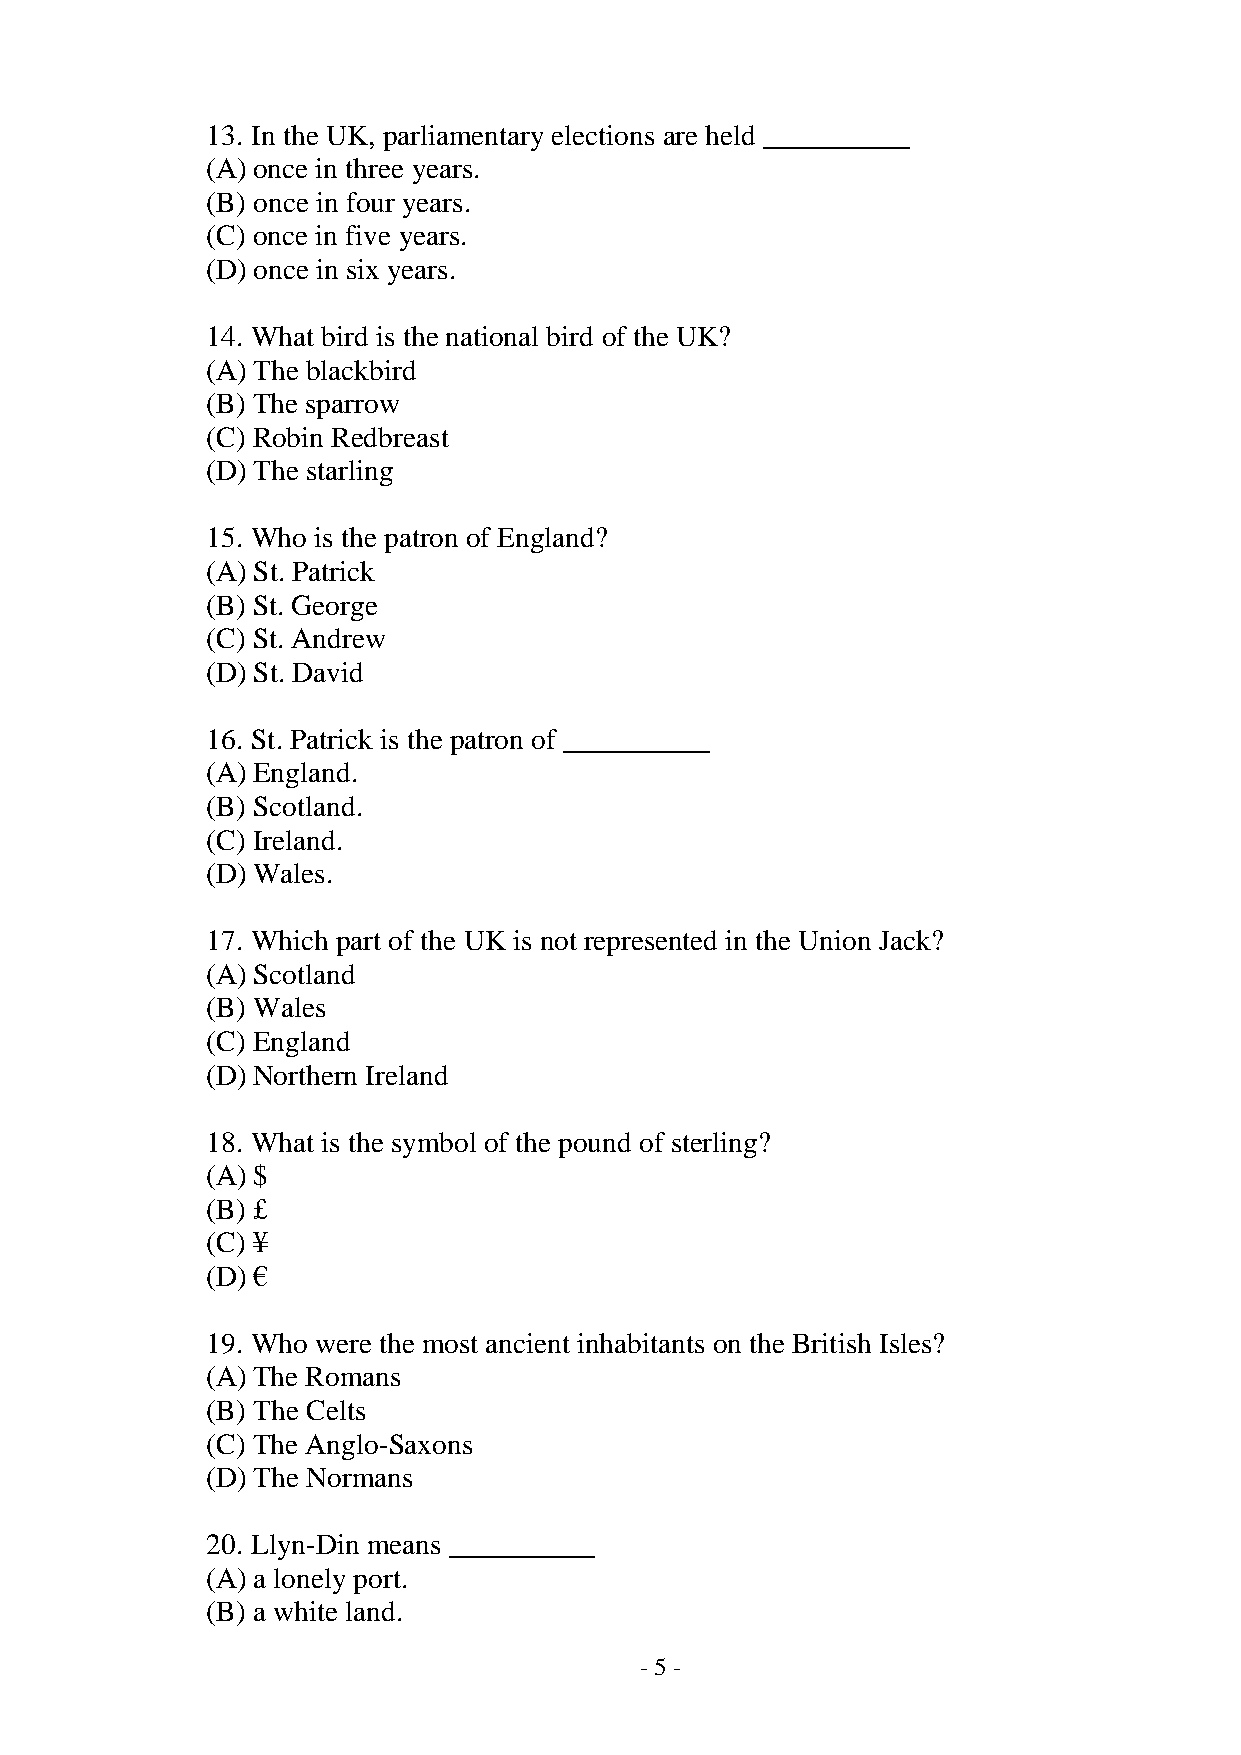
13. In the UK, parliamentary elections are held __________
 (A) once in three years.
 (B) once in four years.
 (C) once in five years.
 (D) once in six years.
 14. What bird is the national bird of the UK?
 (A) The blackbird
 (B) The sparrow
 (C) Robin Redbreast
 (D) The starling
 15. Who is the patron of England?
 (A) St. Patrick
 (B) St. George
 (C) St. Andrew
 (D) St. David
 16. St. Patrick is the patron of __________
 (A) England.
 (B) Scotland.
 (C) Ireland.
 (D) Wales.
 17. Which part of the UK is not represented in the Union Jack?
 (A) Scotland
 (B) Wales
 (C) England
 (D) Northern Ireland
 18. What is the symbol of the pound of sterling?
 (A) $
 (B) £
 (C) ¥
 (D) €
 19. Who were the most ancient inhabitants on the British Isles?
 (A) The Romans
 (B) The Celts
 (C) The Anglo-Saxons
 (D) The Normans
 20. Llyn-Din means __________
 (A) a lonely port.
 (B) a white land.
 - 5 -